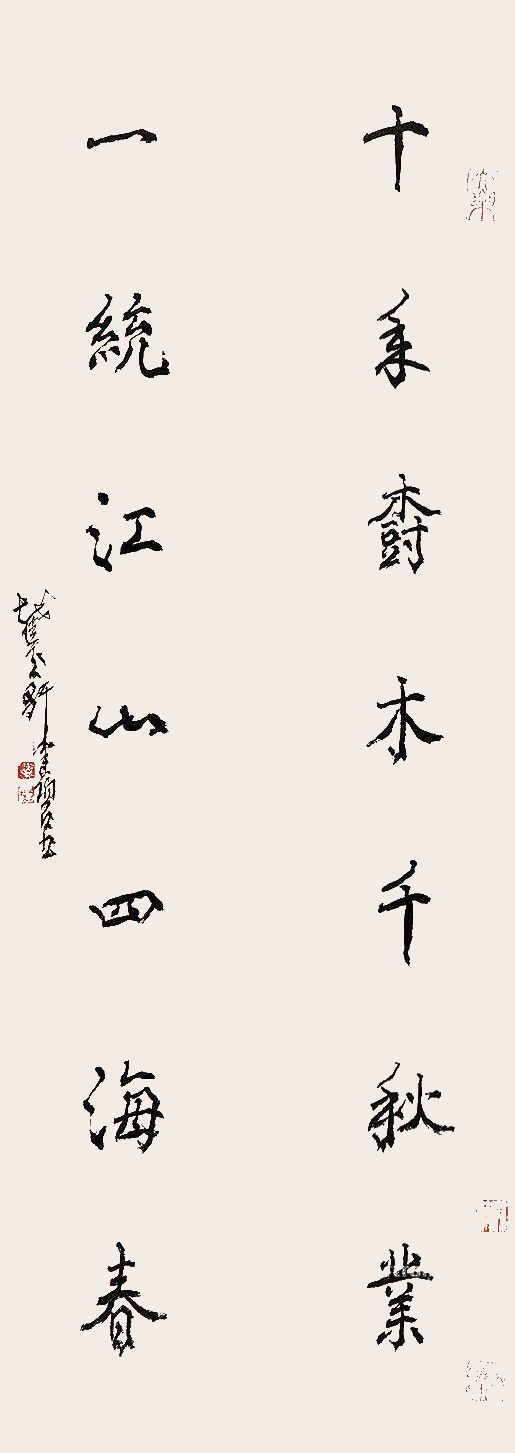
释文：十年树木千秋业，一统江山四海春。截玉轩健碧书。